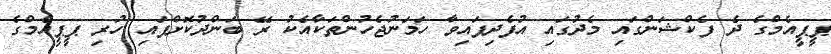
ޕީޕީއެމްގެ ދެ ފެކްޝަންގައި މެދުގައި އުފެދިފައިވާ ހަމަނުޖެހުންތަކާއެކު ރޭ ބަންދުކޮށްފައި ހުރި ޕީޕީއެމްގެ